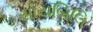
સાયબિલિ